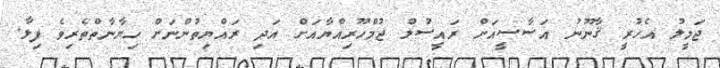
ޖަމީލު އެހުރީ ޤާނޫނު އަސާސީއަށް ރައީސުލް ޖުމްހޫރިއްޔާއަށް އަދި ރައްޔިތުންނަށް ހިޔާނާތްތެރިވެ ފިލާ.